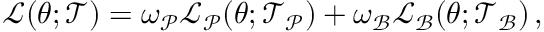
\begin{array} { r } { \mathcal { L } ( \boldsymbol { \theta } ; \mathcal { T } ) = \omega _ { \mathcal { P } } \mathcal { L } _ { \mathcal { P } } ( \boldsymbol { \theta } ; \mathcal { T } _ { \mathcal { P } } ) + \omega _ { \mathcal { B } } \mathcal { L } _ { \mathcal { B } } ( \boldsymbol { \theta } ; \mathcal { T } _ { \mathcal { B } } ) \, , } \end{array}